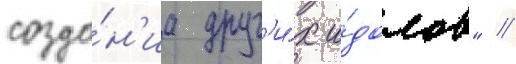
созда́н'иа друг'и́х и́долов" //